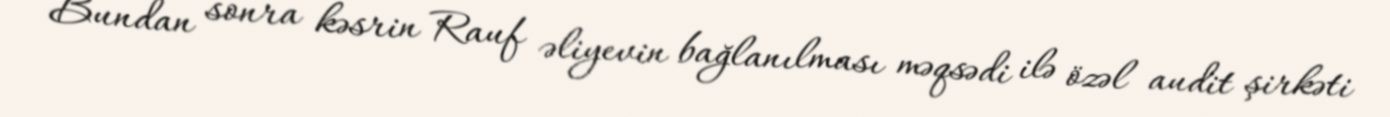
Bundan sonra kəsrin Rauf əliyevin bağlanılması məqsədi ilə özəl audit şirkəti